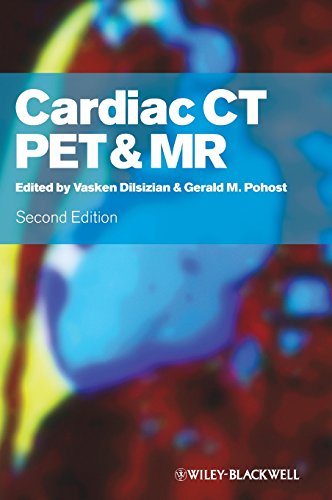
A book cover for Cardiac CT, PET and MR; Science & Math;